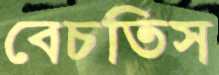
বেচতিস